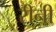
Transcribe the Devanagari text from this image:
रीनी